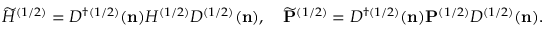
\widetilde { H } ^ { ( 1 / 2 ) } = D ^ { \dag ( 1 / 2 ) } ( { \bf n } ) { H } ^ { ( 1 / 2 ) } D ^ { ( 1 / 2 ) } ( { \bf n } ) , \quad \widetilde { \bf P } ^ { ( 1 / 2 ) } = D ^ { \dag ( 1 / 2 ) } ( { \bf n } ) { \bf P } ^ { ( 1 / 2 ) } D ^ { ( 1 / 2 ) } ( { \bf n } ) .